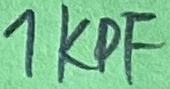
Text: 1KPF